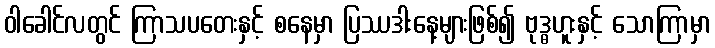
ဝါခေါင်လတွင် ကြာသပတေးနှင့် စနေမှာ ပြဿဒါးနေ့များဖြစ်၍ ဗုဒ္ဓဟူးနှင့် သောကြာမှာ